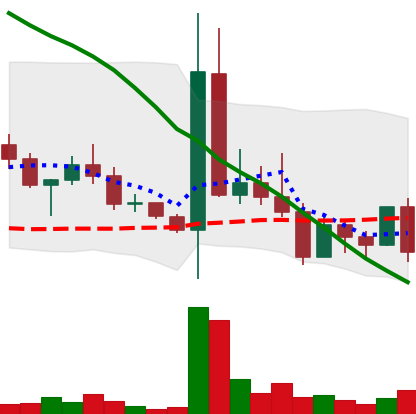
Ticker: DOGE-USD
Chart end date: 2022-05-05
Forward return: -15.536%
Label: down_7plus